Vital statistics of India. Vol. IV, Annual returns from 1871 to 1876. British Army of India, Native Army and jails of Bengal
Year: 1871
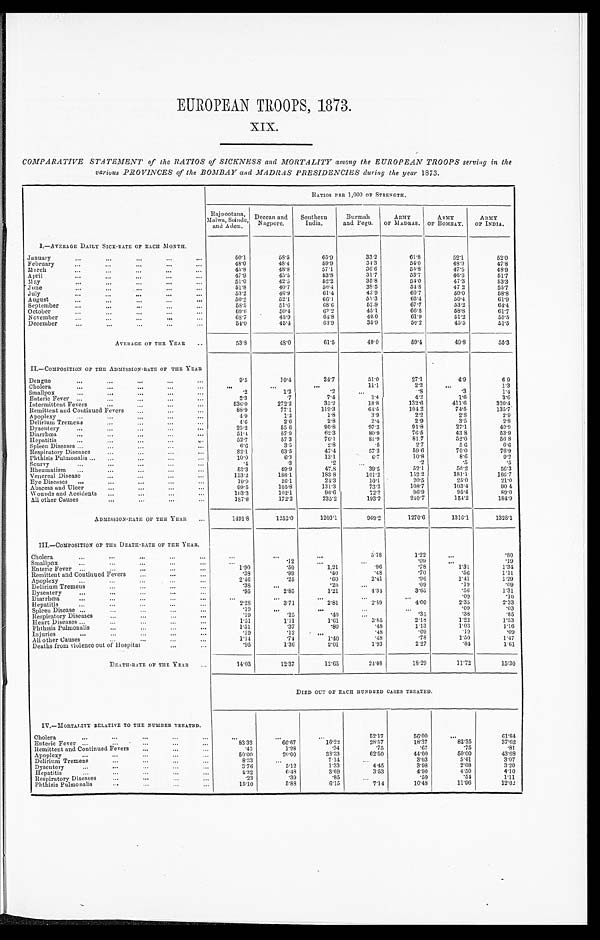
EUROPEAN TROOPS, 1873.
XIX.
COMPARATIVE STATEMENT of the RATIOS of SICKNESS and MORTALITY among the EUROPEAN TROOPS serving in the
various PROVINCES of the BOMBAY and MADRAS PRESIDENCIES during the year 1873.
R A T I O S P E R 1 , 0 0 0 O F S T R E N G T H .
Rajpootana,
M a l w a , S o i n d e , a n d A d e n . Deccan and Nagpore.
Southern
India.
Burmah
and Pegu.
ARMY
OF MADRAS.
ARMY
OF BOMBAY.
ARMY
OF INDIA.
I.—AVERAGE DAILY SICK-RATE OF EACH MONTH.
January . . .
50.1
58.5
65.9
33.2
61.8
52.1
62.0
48.0
48.4
59.9
34.3
54.0
48.9
47.8
February . . .
45.8
48.8
57.1
36.6
55.8
47.5
48.9
March . . .
47.9
45.5
53.8
31.7
53.7
46.3
51.7
April . . .
51.0
42.5
52.2
35.8
54.0
47.3
53.3
May . . .
51.8
40.7
56.4
38.5
54.8
47.2
5 5 . 7
June. . .
July . . .
53.2
46.9
61.4
43.9
60.7
50.0
58.8
50.0
52.1
66.1
55.3
65.4
50.4
61.9
August . . .
September . . .
58.5
51.6
68.6
52.9
67.7
53.2
6 4 . 4
69.6
50.4
67.2
45.1
66.8
58.8
61.7
October . . .
November . . .
6 8 . 7
45.9
64.8
40.0
61.9
51.2
55.5
December . . .
54.0
45.4
63.9
35.9
56.2
45.5
51.5
AVERAGE OF THE YEAR . . .
53.8
48.0
61.5
40.0
59.4
49.8
55.3
II.—COMPOSITION OF THE ADMISSION-RATE OF THE YEAR
Dengue . . .
9.5
10.4
24.7
51.0
27.1
4.9
6.9
. . .
. . .
. . .
11.1
2.2
. . .
1 . 3
Cholera . . .
Smallpox . . .
.2
1.2
.2
. . .
.8
.3
1.4
Enteric Fever . . .
2.3
.7
7.4
3.4
4.2
1.6
3 . 6
536.0
272.2
35.2
18.8
132.6
411.6
320.4
Intermittent Fevers . . .
Remittent and Continued Fevers . . .
88.9
77.1
119.3
64.5
104.2
74.5
135.7
4.9
1.2
1.8
3.9
2.2
2.8
2.9
Apoplexy . . .
4.6
2.6
2.8
2.4
2.9
3.5
2.8
Delirium Tremens . . .
Dysentery . . .
25.2
55.6
90.8
97.3
91.8
27.1
40.9
51.4
57.9
62.3
80.9
76.5
43.8
53.9
Diarrhœa . . .
52.7
57.3
76.1
81.9
81.7
52.0
56. 8
Hepatitis . . .
6.6
3.5
2.8
. 5
2 . 7
5.6
6.6
Spleen Diseases . . .
82.1
63.5
47.4
57.3
59.6
70.0
76.9
Respiratory Diseases . . .
10.0
6.3
13.1
6.7
10.8
8.6
9.2
Phthisis Pulmonalis . . .
. 4
. 3
.2
. . .
.2
.5
. 5
Scurvy . . .
53.3
49.9
47.8
39.5
52.1
50.2
56.3
Rheumatism . . .
153.2
186.1
183.8
101.2
152.2
181.1
166.7
Venereal Disease . . .
19.9
26.1
24.3
10.1
20.5
25.0
21.0
Eye Diseases . . .
Abscess and Ulcer . . .
99.5
105.8
131.3
73.2
108.7
103.4
90.4
103.3
102.1
96.6
72.3
96.9
95.4
89.0
Wounds and Accidents . . .
187.8
172.2
235.2
193.2
240.7
154.2
184.9
All other Causes . . .
ADMISSION-RATE OF THE YEAR . . .
1491.8
1252.0
1203.1
969.2
1270.6
1316.1
1328.1
III.—COMPOSITION OF THE DEATH-RATE OF THE YEAR.
Cholera . . .
. . .
. . .
. . .
5.78
1.22
. . .
. 8 0
. . .
.12
. . .
. . .
. 0 9
. . .
.19
Smallpox . . .
1.90
.50
1.21
.96
.78
1.31
1.34
Enteric Fever . . .
.38
.99
.40
.48
. 7 0
.56
1.11
Remittent and Continued Fevers . . .
2.46
.25
.60
2.41
.96
1.41
1.29
Apoplexy . . .
.38
. . .
.20
. . .
.09
.19
.09
Delirium Tremens . . .
.95
2.85
1.21
4.34
3.65
.56
1.31
Dysentery . . .
. . .
. . .
. . .
. . .
. . .
.09
.10
Diarrhœa . . .
2.28
3.71
2.81
2.89
4.00
2.35
2.33
Hepatitis . . .
.19
. . .
. . .
. . .
. . .
.09
.03
Spleen Disease . . .
.19
.25
.40
. . .
.35
.38
.85
Respiratory Diseases . . .
1.51
1.11
1.61
3.85
2.18
1.22
1.53
Heart Diseases . . .
1.51
.37
.80
.48
1.13
1.03
1.16
Phthisis Pulmonalis . . .
.19
.12
. . .
.48
.09
.19
.09
Injuries . . .
1.14
.74
1.40
.48
.78
1.50
1.47
All other Causes . . .
.95
1.36
2.01
1.93
2.27
.84
1.61
Deaths from violence out of Hospital . . .
DEATH-RATE OF THE YEAR . . .
14.03
12.37
12.65
24.08
18.29
11.72
15.30
DIED OUT OF EACH HUNDRED CASES TREATED.
IV.— MORTALITY RELATIVE TO THE NUMBER TREATED.
Cholera . . .
. . .
. . .
. . .
52.17
56.00
. . .
61.84
Enteric Fever . . .
83.33
66.67
16.22
28.57
18.37
82.35
37.62
Remittent and Continued Fevers . . .
.43
1.28
.34
.75
.67
.75
.81
50.00
20.00
33.33
62.50
44.00
50.00
43.68
Apoplexy . . .
Delirium Tremens . . .
8.33
. . .
7.14
. . .
3.03
5.41
3.07
Dysentery . . .
3.76
5.12
1.33
4.45
3.98
2.08
3.20
4.32
6.43
3.69
3.53
4.90
4.50
4.10
Hepatitis . . .
.23
.39
.85
. . .
.59
.54
1.11
Respiratory Diseases . . .
15.10
5.88
6.15
7.14
10.48
11.96
12.62
Phthisis Pulmonalis . . .